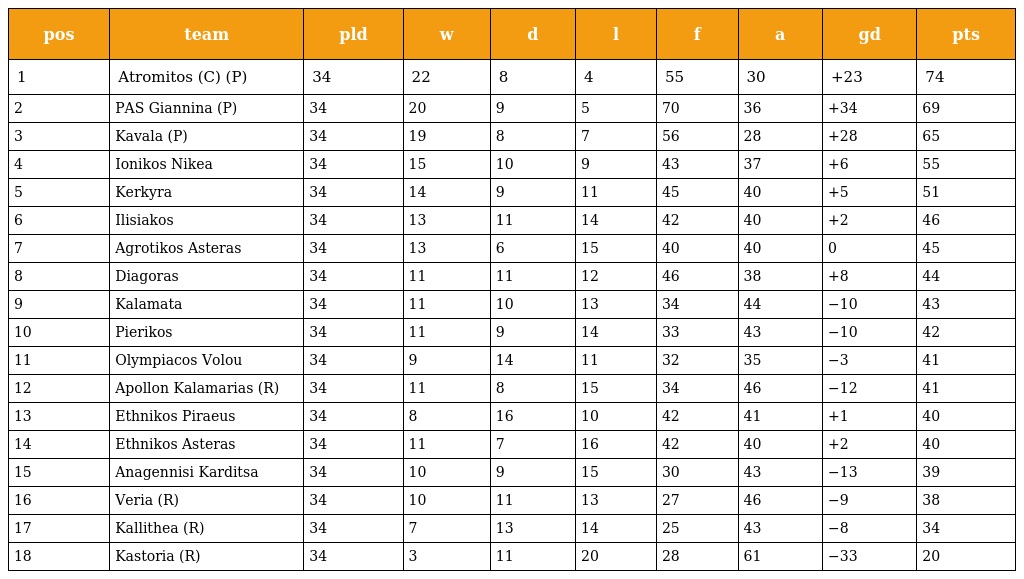
| pos | team | pld | w | d | l | f | a | gd | pts |
 | --- | --- | --- | --- | --- | --- | --- | --- | --- | --- |
 | 1 | Atromitos (C) (P) | 34 | 22 | 8 | 4 | 55 | 30 | +23 | 74 |
 | 2 | PAS Giannina (P) | 34 | 20 | 9 | 5 | 70 | 36 | +34 | 69 |
 | 3 | Kavala (P) | 34 | 19 | 8 | 7 | 56 | 28 | +28 | 65 |
 | 4 | Ionikos Nikea | 34 | 15 | 10 | 9 | 43 | 37 | +6 | 55 |
 | 5 | Kerkyra | 34 | 14 | 9 | 11 | 45 | 40 | +5 | 51 |
 | 6 | Ilisiakos | 34 | 13 | 11 | 14 | 42 | 40 | +2 | 46 |
 | 7 | Agrotikos Asteras | 34 | 13 | 6 | 15 | 40 | 40 | 0 | 45 |
 | 8 | Diagoras | 34 | 11 | 11 | 12 | 46 | 38 | +8 | 44 |
 | 9 | Kalamata | 34 | 11 | 10 | 13 | 34 | 44 | −10 | 43 |
 | 10 | Pierikos | 34 | 11 | 9 | 14 | 33 | 43 | −10 | 42 |
 | 11 | Olympiacos Volou | 34 | 9 | 14 | 11 | 32 | 35 | −3 | 41 |
 | 12 | Apollon Kalamarias (R) | 34 | 11 | 8 | 15 | 34 | 46 | −12 | 41 |
 | 13 | Ethnikos Piraeus | 34 | 8 | 16 | 10 | 42 | 41 | +1 | 40 |
 | 14 | Ethnikos Asteras | 34 | 11 | 7 | 16 | 42 | 40 | +2 | 40 |
 | 15 | Anagennisi Karditsa | 34 | 10 | 9 | 15 | 30 | 43 | −13 | 39 |
 | 16 | Veria (R) | 34 | 10 | 11 | 13 | 27 | 46 | −9 | 38 |
 | 17 | Kallithea (R) | 34 | 7 | 13 | 14 | 25 | 43 | −8 | 34 |
 | 18 | Kastoria (R) | 34 | 3 | 11 | 20 | 28 | 61 | −33 | 20 |